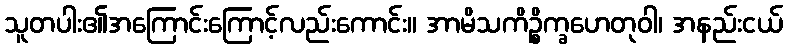
သူတပါး၏အကြောင်းကြောင့်လည်းကောင်း။ အာမိသကိဉ္စိက္ခဟေတုဝါ၊ အနည်းငယ်